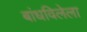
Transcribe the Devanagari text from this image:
बांधविलेला